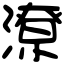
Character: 潦